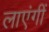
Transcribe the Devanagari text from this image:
लाएंगीं